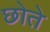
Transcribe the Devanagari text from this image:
छोते